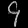
Digit: ၄